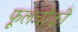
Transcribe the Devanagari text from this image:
फूलचौकी